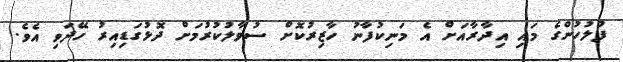
ފުލުހުންގެ މައި އިދާރާއަށް އެ މަނިކުފާނު ހާޒިރުކޮށް ސުވާލުކުރުމަށް ދޮޅުގަޑިއިރު ހޭދަވި އެވެ.